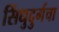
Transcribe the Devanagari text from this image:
सिंधुदुर्गचा